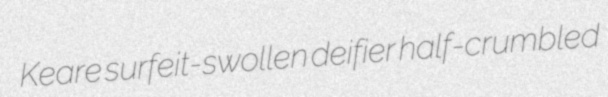
Keare surfeit-swollen deifier half-crumbled